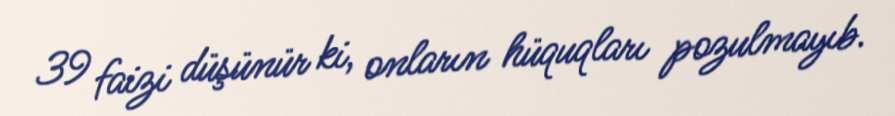
39 faizi düşünür ki, onların hüquqları pozulmayıb.